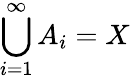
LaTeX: \bigcup_{i=1}^{\infty}A_{i}=X